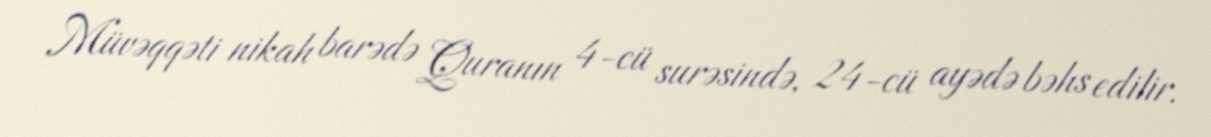
Müvəqqəti nikah barədə Quranın 4-cü surəsində, 24-cü ayədə bəhs edilir.